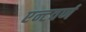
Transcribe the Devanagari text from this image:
एन्टवर्ण